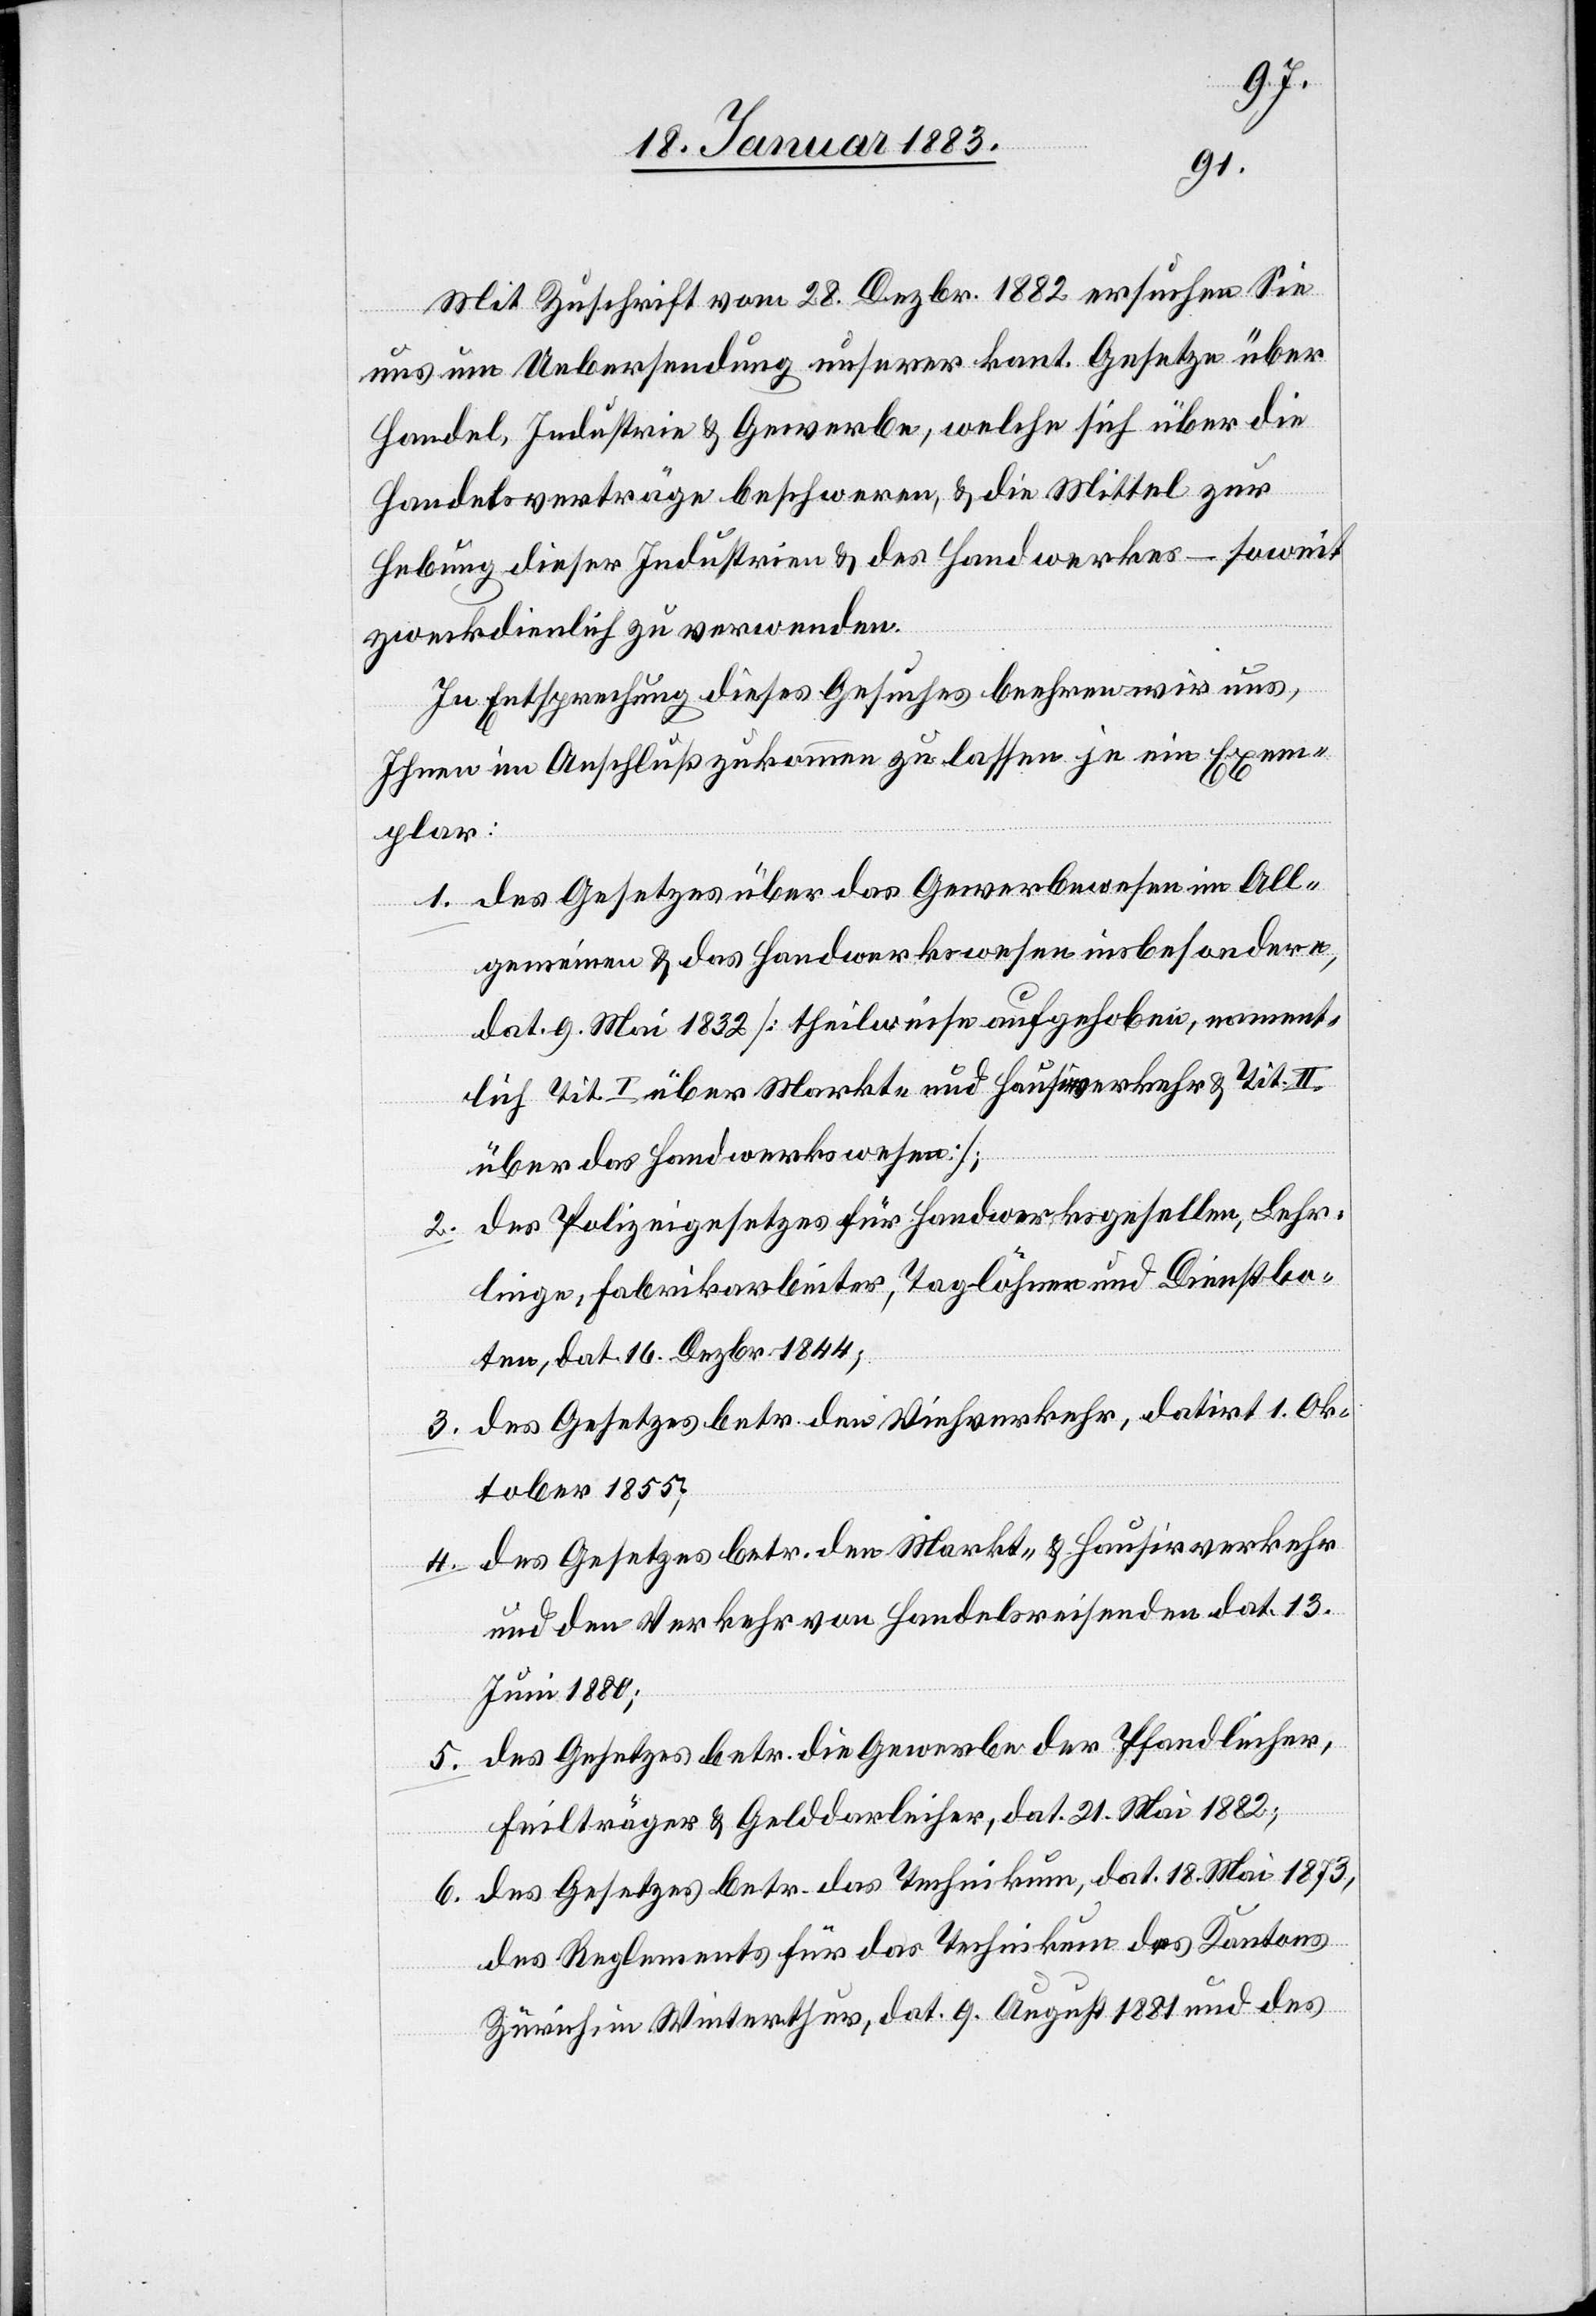
9.
dat.
„Mit Zuschrift vom 28. Dezbr. 1882 ersuchen Sie
uns um Uebersendung unserer kant. Gesetze über
Handel, Industrie & Gewerbe, welche sich über die
Handelsverträge beschweren, & die Mittel zur
Hebung dieser Industrien & des Handwerkes – soweit
zweckdienlich zu verwenden.
In Entsprechung dieses Gesuches beehren wir uns,
Ihnen im Anschluß zukommen zu lassen je ein Exem¬
plar:
1. des Gesetzes über das Gewerbewesen im All¬
gemeinen & das Handwerkswesen insbesondere,
dat. 9. Mai 1832 [theilweise aufgehoben nament¬
lich Tit. I über Markt- und Hausirverkehr & Tit. II
über das Handwerkswesen];
2. des Polizeigesetzes für Handwerksgesellen, Lehr¬
linge, Fabrikarbeiter, Taglöhner und Dienstbo¬
ten, dat. 16. Dezbr. 1844;
3. des Gesetzes betr. den Viehverkehr, datirt 1. Ok¬
tober 1855;
4. des Gesetzes betr. den Markt- & Hausirverkehr
und den Verkehr von Handelsreisenden dat. 13.
Juni 1880;
5. des Gesetzes betr. die Gewerbe der Pfandleiher,
Feilträger & Gelddarleiher, dat. 21. Mai 1882;
6. des Gesetzes betr. das Technikum, dat. 18. Mai 1873,
des Reglements für das Technikum des Kantons